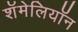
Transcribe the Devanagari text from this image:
शॅमेलियॉन